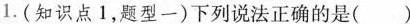
1.(知识点1，题型一)下列说法正确的是（）